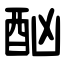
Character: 酗